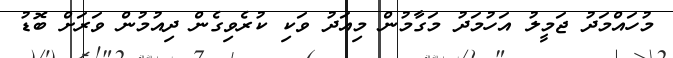
މުހައްމަދު ޖަމީލު އަހުމަދު މަގާމުން މިއަދު ވަކި ކުރެވިގެން ދިއުމުން ވަރަށް ބޮޑު